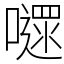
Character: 嚃